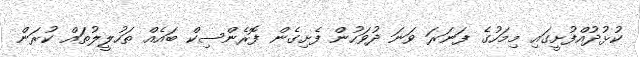
ކުޅުދުއްފުށީގައި މިމަހުގެ ފަނަރަ ވަނަ ދުވަހުން ފެށިގެން ފޮރެންސިކް ބައެއް ތަހުލީލުތައް ކުރަން